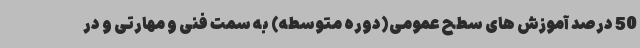
50 درصد آموزش های سطح عمومی(دوره متوسطه) به سمت فنی و مهارتی و در